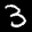
Label: 3